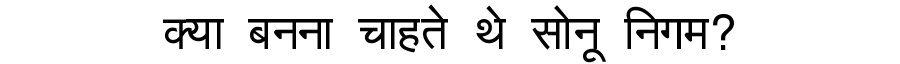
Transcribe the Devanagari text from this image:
क्या बनना चाहते थे सोनू निगम?